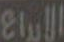
الإبداع